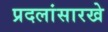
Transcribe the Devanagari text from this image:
प्रदलांसारखे